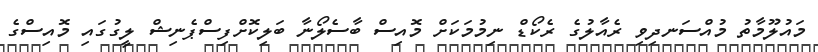
މައުލޫމާތު މުއްސަނދިވި ރެއާލުގެ ރެކޯޑް ނިމުމަކަށް މޮއިސް ބާސެލޯނާ ބަލިކޮށްފިސްޕެނިޝް ލީގުގައި މޮއިސްގެ